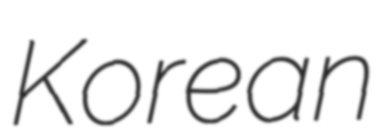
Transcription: Korean